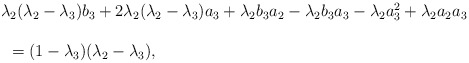
\begin{align*}\begin{array}{lll} && \lambda_2(\lambda_2-\lambda_3)b_3+2\lambda_2(\lambda_2-\lambda_3)a_3+\lambda_2b_3a_2-\lambda_2b_3a_3-\lambda_2a_3^2+\lambda_2a_2a_3\ \\\\&&\ \ =(1-\lambda_3)(\lambda_2-\lambda_3),\end{array}\end{align*}